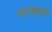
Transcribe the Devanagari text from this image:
समझथी